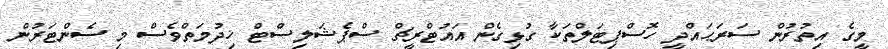
މީގެ އިތުރުން ސަރަޙައްދީ ހޮސްޕިޓަލްތަކާ ގުޅިގެން އައުޓްރީޗް ސްޕެޝަލިސްޓް ޚިދުމަތްވެސް މި ސެންޓަރުން